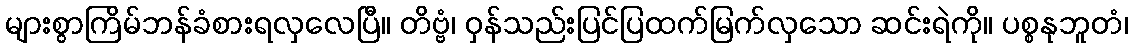
များစွာကြိမ်ဘန်ခံစားရလှလေပြီ။ တိဗ္ဗံ၊ ဝှန်သည်းပြင်ပြထက်မြက်လှသော ဆင်းရဲကို။ ပစ္စနုဘူတံ၊